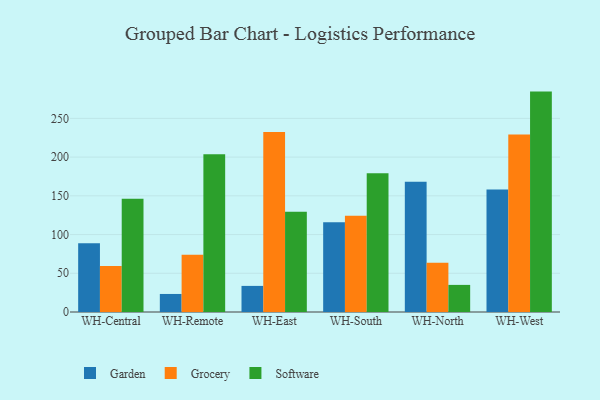
{"axis": {"x": "Warehouse", "y": "Demand Index"}, "legend": ["Garden", "Grocery", "Software"], "data": [{"x": "WH-Central", "y": 88.7, "type": "Garden"}, {"x": "WH-Central", "y": 59.3, "type": "Grocery"}, {"x": "WH-Central", "y": 146.3, "type": "Software"}, {"x": "WH-Remote", "y": 23.3, "type": "Garden"}, {"x": "WH-Remote", "y": 74.0, "type": "Grocery"}, {"x": "WH-Remote", "y": 203.6, "type": "Software"}, {"x": "WH-East", "y": 33.7, "type": "Garden"}, {"x": "WH-East", "y": 232.3, "type": "Grocery"}, {"x": "WH-East", "y": 129.6, "type": "Software"}, {"x": "WH-South", "y": 115.9, "type": "Garden"}, {"x": "WH-South", "y": 124.3, "type": "Grocery"}, {"x": "WH-South", "y": 179.3, "type": "Software"}, {"x": "WH-North", "y": 168.1, "type": "Garden"}, {"x": "WH-North", "y": 63.5, "type": "Grocery"}, {"x": "WH-North", "y": 35.0, "type": "Software"}, {"x": "WH-West", "y": 158.1, "type": "Garden"}, {"x": "WH-West", "y": 229.2, "type": "Grocery"}, {"x": "WH-West", "y": 284.6, "type": "Software"}]}